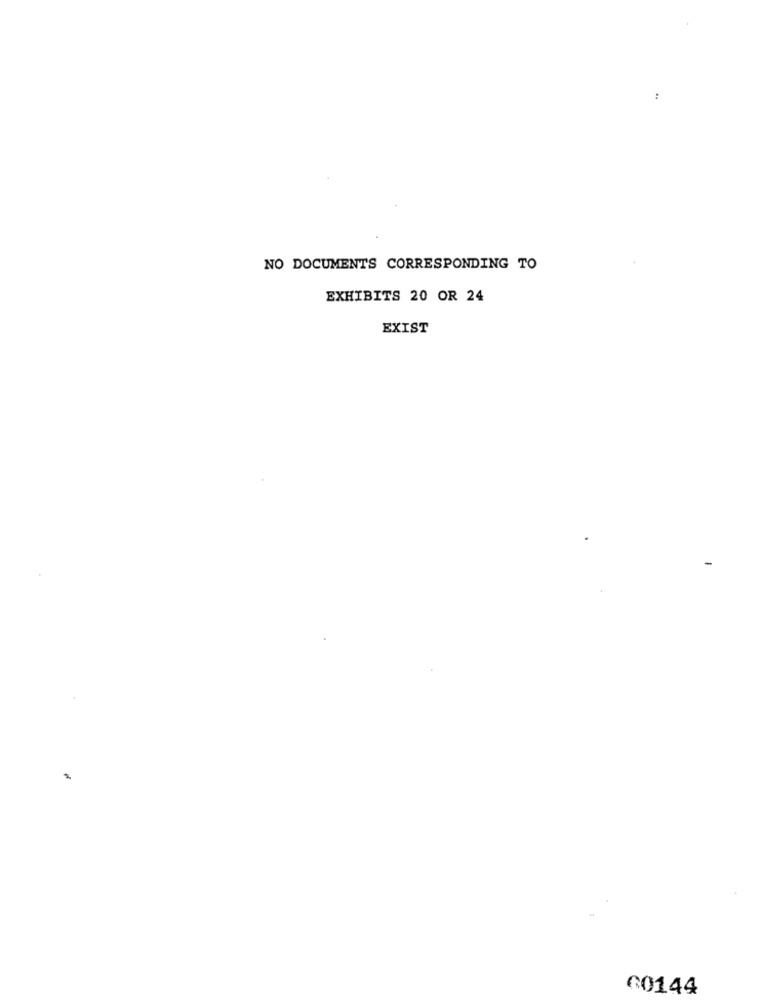
:
NO DOCUMENTS CORRESPONDING TO
EXHIBITS 20 OR 24
EXIST
00144